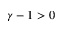
\gamma - 1 > 0